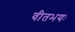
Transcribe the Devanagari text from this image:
वीतभयः